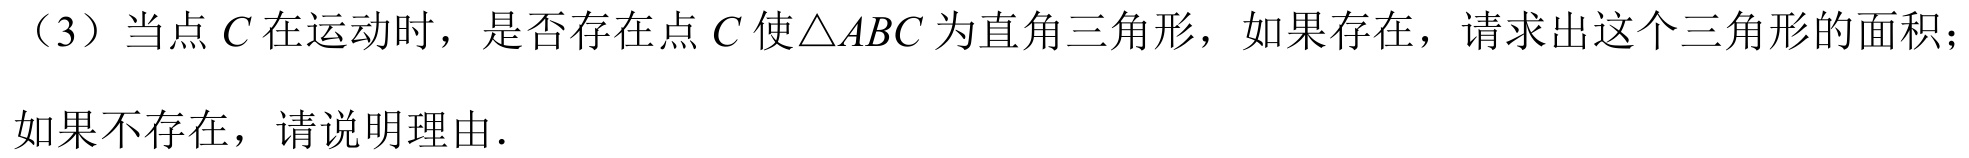
（3）当点 \(C\) 在运动时，是否存在点 \(C\) 使\(\triangle ABC\) 为直角三角形，如果存在，请求出这个三角形的面积；如果不存在，请说明理由．